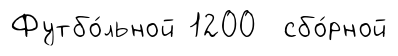
Футбо́льной 1200 сбо́рной